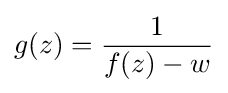
g(z)={\frac {1}{f(z)-w}}